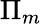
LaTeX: \Pi_{m}